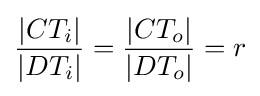
{\frac {|CT_{i}|}{|DT_{i}|}}={\frac {|CT_{o}|}{|DT_{o}|}}=r